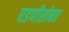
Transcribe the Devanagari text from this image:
घडणीसोबत